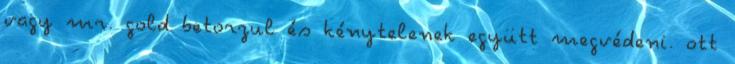
vagy mr. gold betorzul és kénytelenek együtt megvédeni. ott